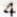
4